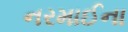
નરમાઈના